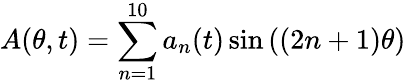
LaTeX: A(\theta,t)=\sum_{n=1}^{10}a_{n}(t)\sin{((2n+1)\theta)}